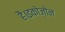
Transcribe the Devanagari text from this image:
है।इकोज़ोन